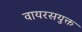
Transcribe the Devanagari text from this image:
वायरसयुक्त